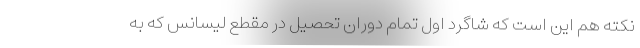
نکته هم این است که شاگرد اول تمام دوران تحصیل در مقطع لیسانس که به